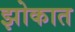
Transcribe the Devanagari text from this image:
झोकात